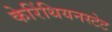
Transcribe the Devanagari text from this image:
केरिंथियनस्टेट